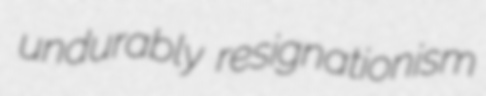
undurably resignationism